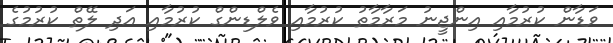
ވަޑާން ކުރުމާއި އިންޖީނު މަރާމާތު ކުރުމާއި ވެލްޑިންގް ކުރުމާއި އަދި ލޭތް ކުރުމުގެ